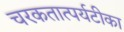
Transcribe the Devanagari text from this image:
चरकतात्पर्यटीका